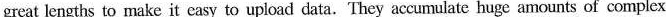
great lengths to make it casy to upload data.'They accumalatc bugc amounts of complesx